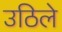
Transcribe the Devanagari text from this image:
उठिले